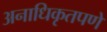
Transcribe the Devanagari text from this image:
अनाधिकृतपणे